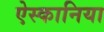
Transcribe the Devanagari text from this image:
ऐस्कानिया